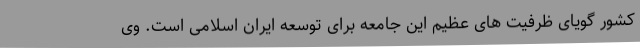
کشور گویای ظرفیت های عظیم این جامعه برای توسعه ایران اسلامی است. وی